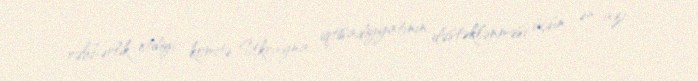
rəhbərlik etdiyi komitə Ukrayna iqtisadiyyatının dəstəklənməsi üçün ən azı 1